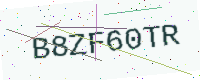
Text: B8ZF60TR